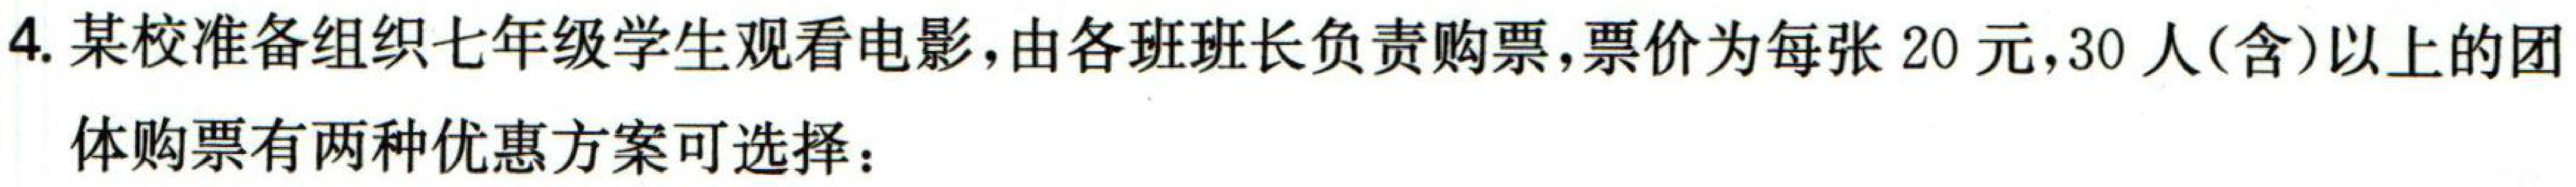
4. 某校准备组织七年级学生观看电影，由各班班长负责购票，票价为每张20元，30人(含)以上的团

体购票有两种优惠方案可选择：